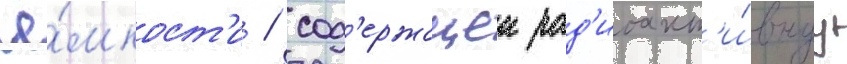
ё́мкост'и / сод'ержащеи рад'иоакт'и́внуу